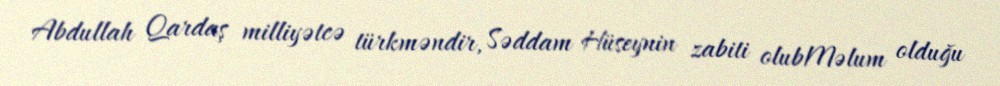
Abdullah Qardaş milliyətcə türkməndir, Səddam Hüseynin zabiti olubMəlum olduğu